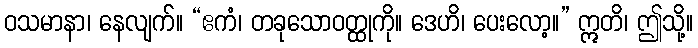
ဝသမာနာ၊ နေလျက်။ “ဧကံ၊ တခုသောဝတ္ထုကို။ ဒေဟိ၊ ပေးလော့။” ဣတိ၊ ဤသို့။